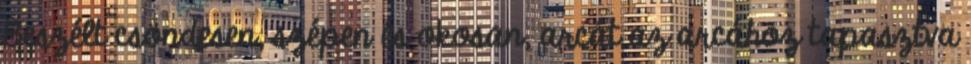
Beszélt csöndesen, szépen és okosan, arcát az arcához tapasztva